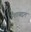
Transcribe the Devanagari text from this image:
पैशाबद्दल